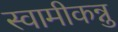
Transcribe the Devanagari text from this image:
स्वामीकन्नु